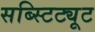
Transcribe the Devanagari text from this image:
सब्स्टिट्यूट